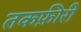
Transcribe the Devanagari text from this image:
तकफ़ीरी